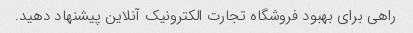
راهی برای بهبود فروشگاه تجارت الکترونیک آنلاین پیشنهاد دهید.